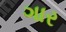
ગાર